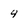
Character: 4